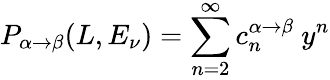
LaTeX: P_{\alpha\to\beta}(L,E_{\nu})=\sum_{n=2}^{\infty}c_{n}^{\alpha\to\beta}~y^{n}